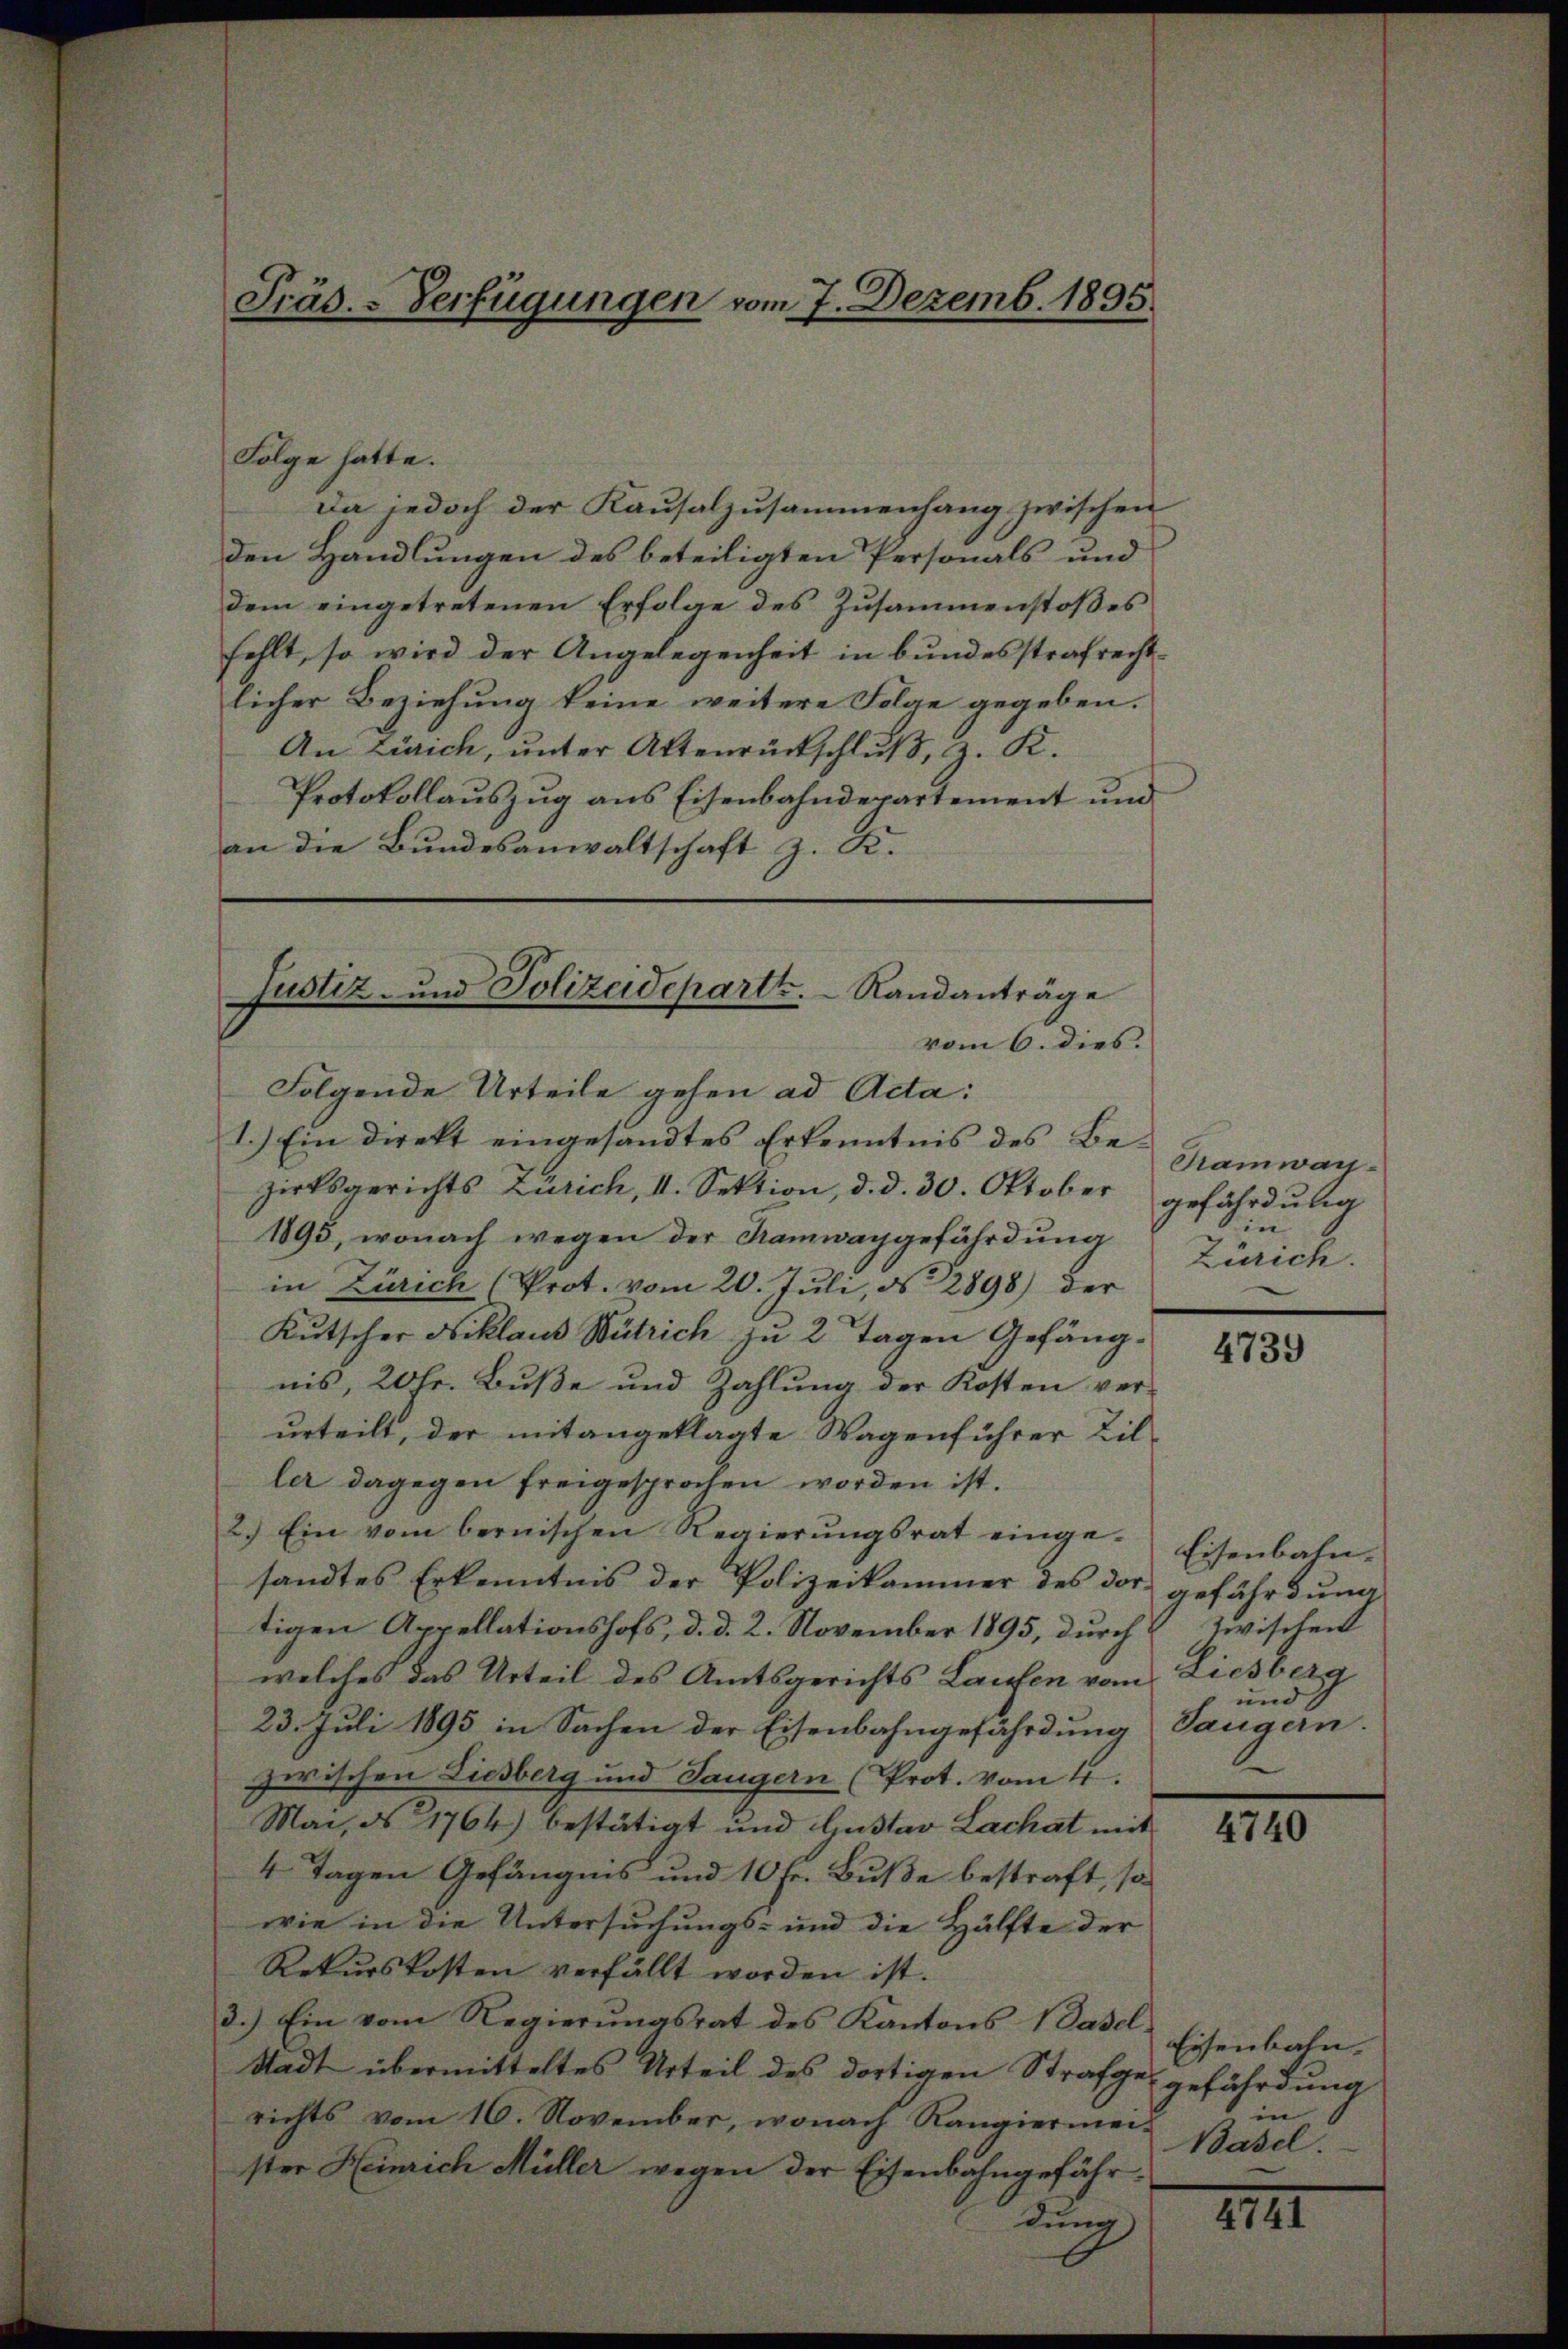
Folge hatte.
Da jedoch der Kausalzusammenhang zwischen
den Handlungen des beteiligten Personals und
dem eingetretenen Erfolge des Zusammenstoßes
hellt, so wird der Angelegenheit in bundesstrafrechtlicher Beziehung keine weitere Folge gegeben.
An Zürich, unter Attenrückschluß, z. K.
Protokollauszug aus Eisenbahndepartement und
an die Bundesanwaltschaft z. K.
Folgende Urteile gehen ad Acta:
1.) Ein direkt eingesandtes Erkenntnis des Bezirksgerichts Zürich, II. Sektion, d. d. 30. Oktober
1895, wonach wegen der Kamwaggefährdung
in Zürich (Prot. vom 20. Juli, d. 2898) der
Kutscher Niklaus Wütrich zu 2 Tagen Gefängnis, 20 Fr. Buße und Zahlung der Kosten verurteilt, der mitangeklagte Wagenführer Bil
ler dagegen freigesprochen worden ist.
2.) Ein vom bernischen Regierŭngsrat einge-Eisenbahn-
sandtes Erkenntnis der Polizeikammer des der gefährdŭng
tigen Appellationshofs, d. d. 2. November 1895, durch Zwischen
welches das Urteil des Amtsgerichts Laufen vom Liesberg
23. Juli 1895 in Sachen der Eisenbahngefährdung Langern.
zwischen Liesberg und Langern (Prot. vom 4.
Mai, No 1764) bestätigt und Gustav Lachat mit
4 Tagen Gefängnis und 10 Fr. Buße bestraft, so
wie in die Untersuchungs- und die Hälfte der
Rekurskosten verfällt worden ist.
d.) Ein vom Regierŭngsrat des Kantons Basel-
Stadt übermitteltes Urteil des dortigen Strafgerichts vom 16. November, wonach Rangiermeister Heinrich Müller wegen der Eisenbahngefährdung

Präs. - Verfügungen vom 7. Dezemb. 1895.

Justiz- und Polizeidepartt.   Randanträge
vom 6. dies.

Tramwan
gefährdung
in
Zürich.

4739

und

4740

Eisenbahn.
gefährdung
in
Basel.

XIII